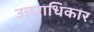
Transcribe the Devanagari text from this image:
उत्तराधिकार